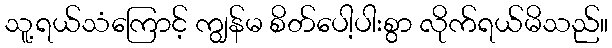
သူ့ရယ်သံကြောင့် ကျွန်မ စိတ်ပေါ့ပါးစွာ လိုက်ရယ်မိသည်။